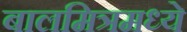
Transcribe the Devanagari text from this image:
बालमित्रमध्ये